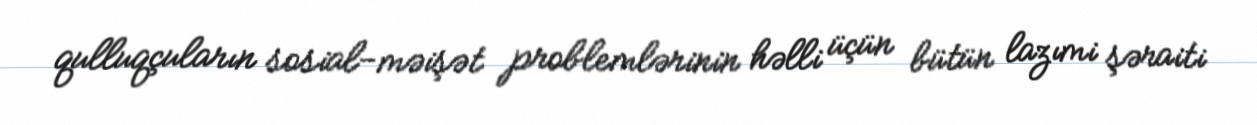
qulluqçuların sosial-məişət problemlərinin həlli üçün bütün lazımi şəraiti